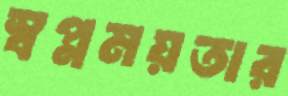
স্বপ্নময়তার